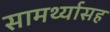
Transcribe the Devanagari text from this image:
सामर्थ्यासह